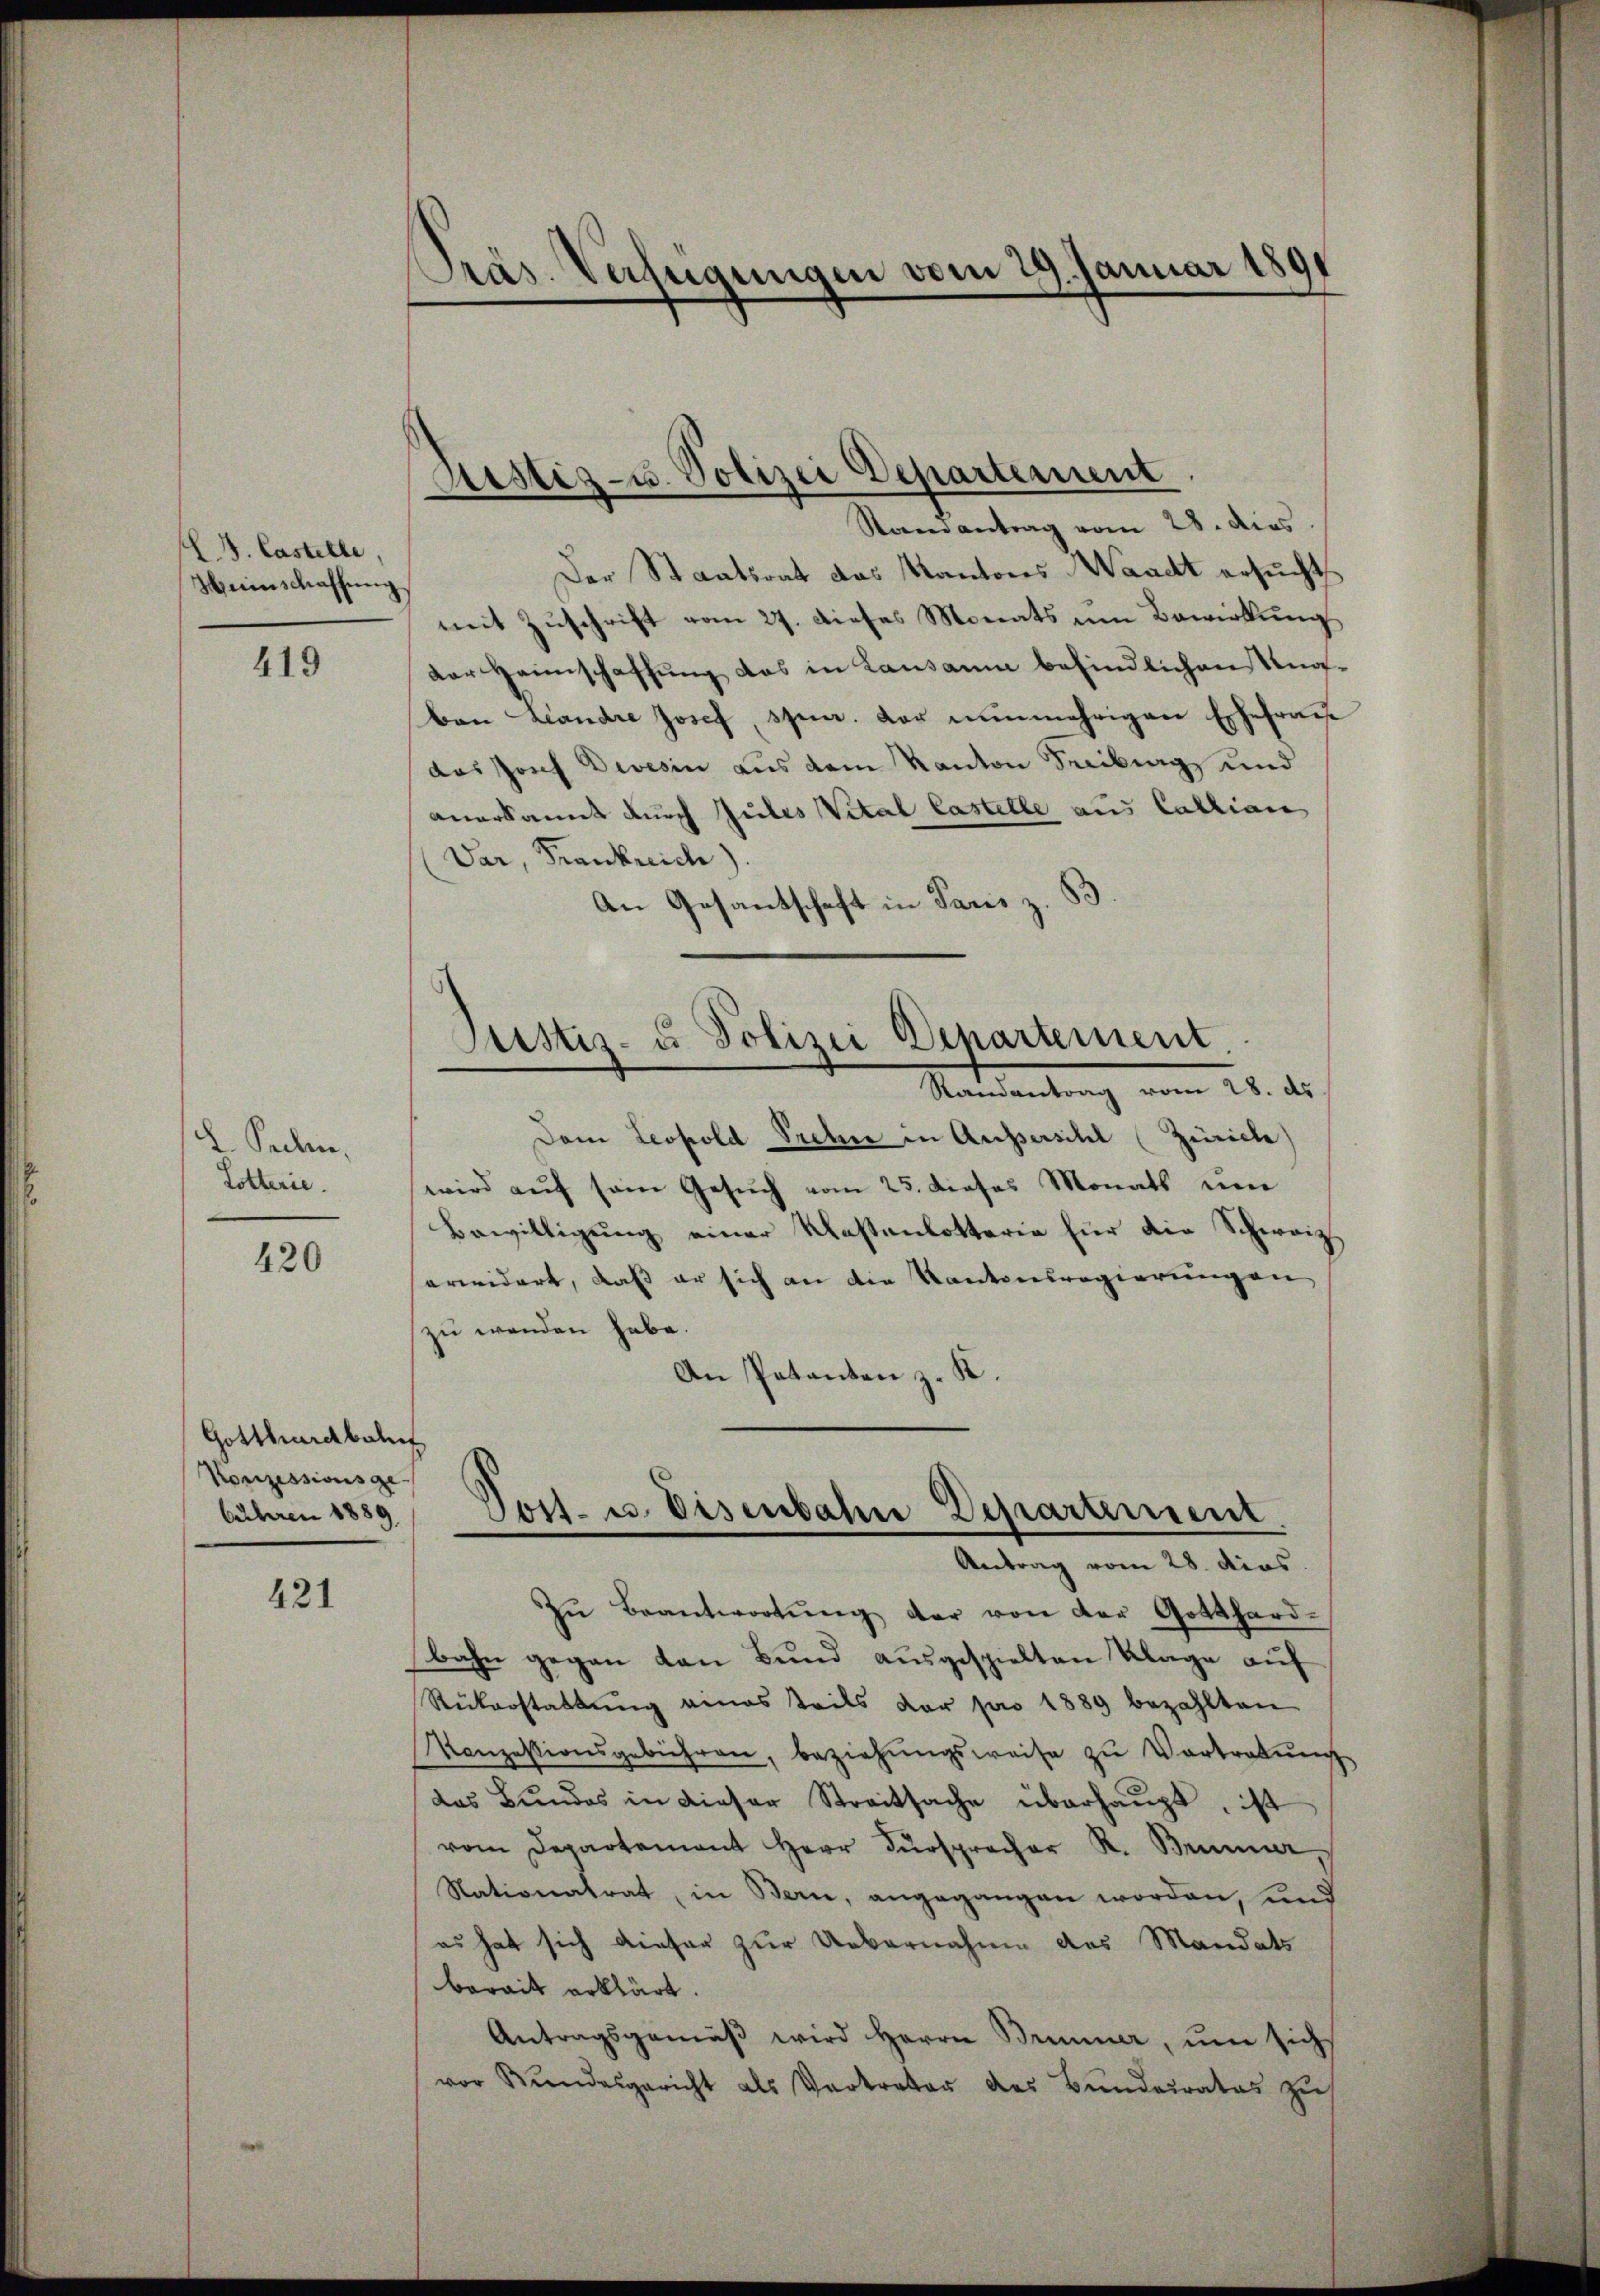
L J. Castelle.
Heienschaffung

419

L. Puchen,
Dotterie.

420

Der Staatsrat das Kantons Waadt ersucht
mit Zuschrift vom 27. dieses Monats um Bewirkung
der Heimschaffung das in Lausann befindlichens notben Landre Josef, spec. der nunmehrigen Ehefraue
das Josef Devesin aus dem Kanton Freiburg und
anerkannt durch Jules Vital lastelle aus Cathian
Dar Frankreich).
An Gesantschaft in Paris

Gotthardbahnf
Konzessionsge-
bühren 1889

421

Präs. Verfügungen vom 29. Januar 1891

Ristiz- u. Polizei Departement
Randantrag vom 28. dies

Justiz- u Polizei Departement.
Randantrag vom 28. ds

Dem Leopold Prebe in Aussersihl (Zürich
wird auf sein Gesuch vom 25. dieses Monats um
Bewilligung einer Kostenlotteria für die Schweiz
erwidert, daß er sich an die Kantonsregierungen
zu wenden habe.
An Patanten z. K.
Zŭ Beantwortŭng der von der Gotthard-
bahn gegen den Bund ausgespielten Klage auf
Rükerstattŭng eines Teils vor pro 1889 bezahlten
Konzessionsgebühren, beziehŭngsweise zu Vortretŭng
das Bundes in dieser Streitsache überhaupt, ist
vom Departement Herr Fürsprecher K. Brunner
Nationalrat, in Bern, angegangen worden, und
es hat sich dieser zur Uebernahme des Mandats
berait erklärt.
Antragsgemäβ wird Herrn Brunner, ŭm sich
vor Kundesgericht als Vertreter des Bunderates zu

Post- u. Eisenbahre Departement
Antrag vom 28. dies